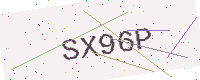
Text: SX96P